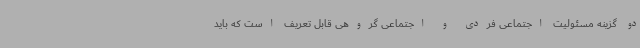
دو گزینه مسئولیت اجتماعی فردی و اجتماعی گروهی قابل تعریف است که باید